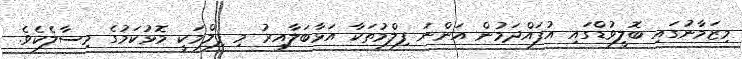
މިޒަމާނުގައި ބޮލީވުޑްގައި އުފައްދަމުން އަންނަ ފިލްމުތަކާ އަޅާބަލާއިރު މި ފިލްމަކީ މޮޅުކަމުގެ މިސާލެކެވެ.